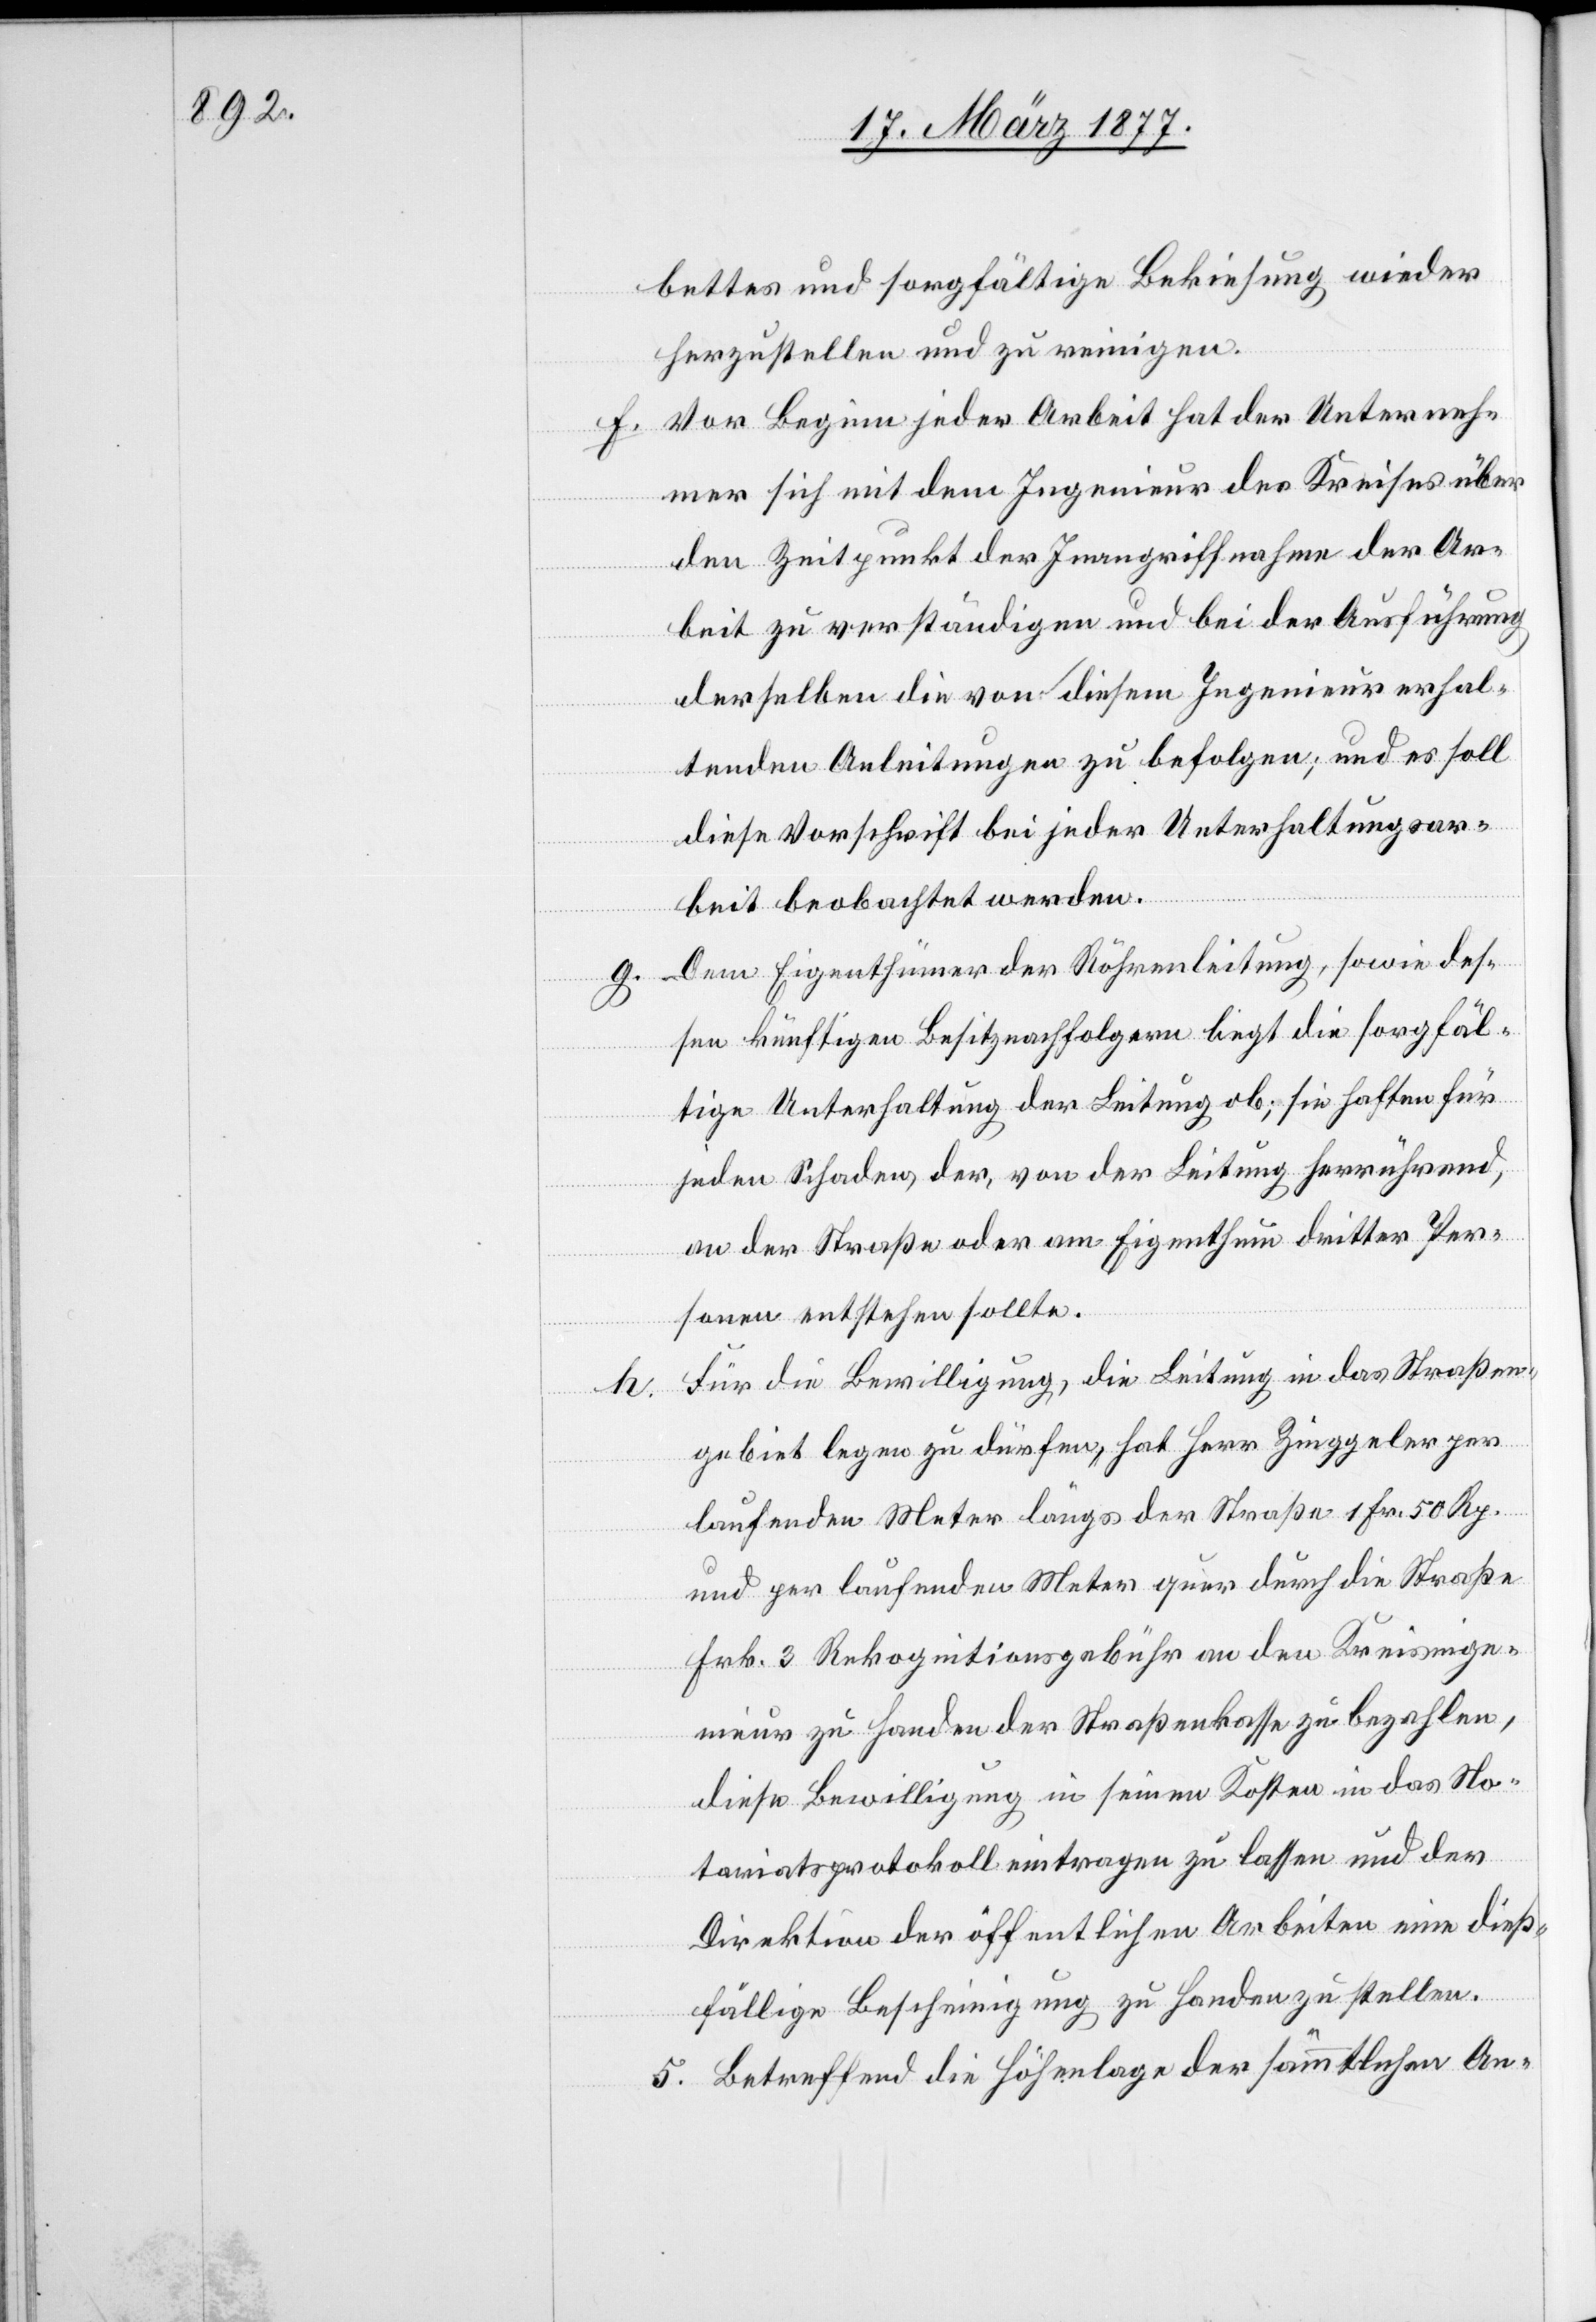
g.

bettes und sorgfältige Bekiesung wieder
herzustellen und zu reinigen.
f. Vor Beginn jeder Arbeit hat der Unterneh¬
mer sich mit dem Ingenieur des Kreises über
den Zeitpunkt der Inangriffnahme der Ar¬
beit zu verständigen und bei der Ausführung
derselben die von diesem Ingenieur erhal¬
tenden Anleitungen zu befolgen; und es soll
diese Vorschrift bei jeder Unterhaltungsar¬
beit beobachtet werden.
Dem Eigenthümer der Röhrenleitung, sowie des¬
sen künftigen Besitznachfolgern liegt die sorgfäl¬
tige Unterhaltung der Leitung ob; sie haften für
jeden Schaden, der, von der Leitung herrührend,
an der Straße oder am Eigenthum dritter Per¬
sonen entstehen sollte.
Für die Bewilligung, die Leitung in das Straßen¬
gebiet legen zu dürfen, hat Herr Zinggeler per
laufenden Meter längs der Straße 1 Fr. 50 Rp.
und per laufenden Meter quer durch die Straße
Frk. 3 Rekognitionsgebühr an den Kreisinge¬
nieur zu Handen der Straßenkasse zu bezahlen,
diese Bewilligung in seinen Kosten in das No¬
tariatsprotokoll eintragen zu lassen und der
Direktion der öffentlichen Arbeiten eine dieß¬
fällige Bescheinigung zu Handen zu stellen.
5. Betreffend die Höhenlage der sämmtlichen An-